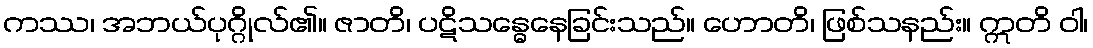
ကဿ၊ အဘယ်ပုဂ္ဂိုလ်၏။ ဇာတိ၊ ပဋိသန္ဓေနေခြင်းသည်။ ဟောတိ၊ ဖြစ်သနည်း။ ဣတိ ဝါ၊